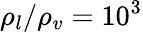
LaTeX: \rho_{l}/\rho_{v}=10^{3}